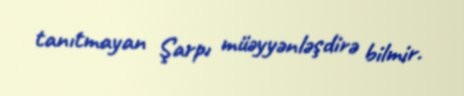
tanıtmayan Şarpı müəyyənləşdirə bilmir.